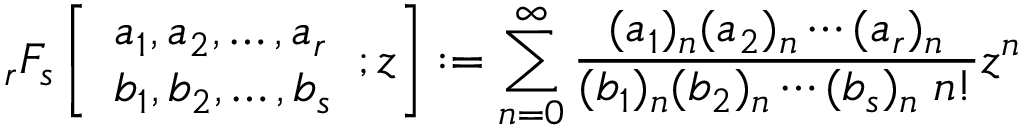
_ { r } F _ { s } \left[ { \begin{array} { l } { a _ { 1 } , a _ { 2 } , \dotsc , a _ { r } } \\ { b _ { 1 } , b _ { 2 } , \dotsc , b _ { s } } \end{array} } ; z \right] : = \sum _ { n = 0 } ^ { \infty } { \frac { ( a _ { 1 } ) _ { n } ( a _ { 2 } ) _ { n } \dotsb ( a _ { r } ) _ { n } } { ( b _ { 1 } ) _ { n } ( b _ { 2 } ) _ { n } \dotsb ( b _ { s } ) _ { n } \; n ! } } z ^ { n }